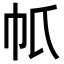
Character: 𢁤